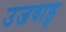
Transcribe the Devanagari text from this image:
उजवाडु